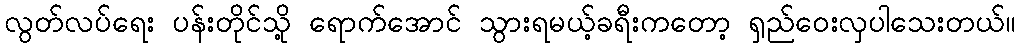
လွတ်လပ်ရေး ပန်းတိုင်သို့ ရောက်အောင် သွားရမယ့်ခရီးကတော့ ရှည်ဝေးလှပါသေးတယ်။